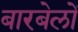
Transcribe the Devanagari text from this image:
बारबेलों